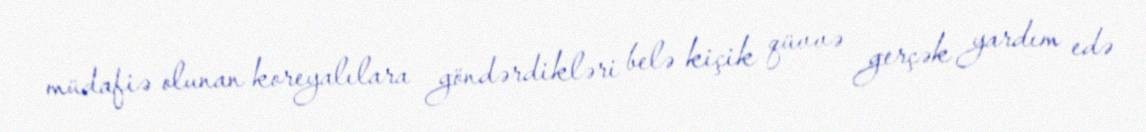
müdafiə olunan koreyalılara göndərdikləri belə kiçik qüvvə gerçək yardım edə